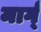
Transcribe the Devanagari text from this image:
मार्ग्